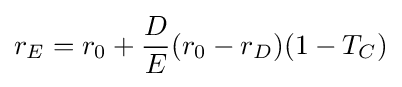
r_{E}=r_{0}+{\frac {D}{E}}(r_{0}-r_{D})(1-T_{C})